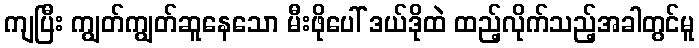
ကျပြီး ကျွတ်ကျွတ်ဆူနေသော မီးဖိုပေါ် ဒယ်ဒိုထဲ ထည့်လိုက်သည့်အခါတွင်မူ